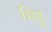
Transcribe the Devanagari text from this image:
भिडू